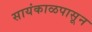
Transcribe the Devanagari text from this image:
सायंकाळपासून